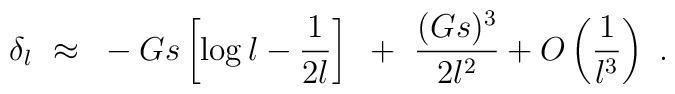
\delta_l~\approx~-Gs \left [ \log{l}- {1 \over 2l} \right] ~+~{(Gs)^3 \over{2l^2}}+ O\left( 1\over l^3\right)~.